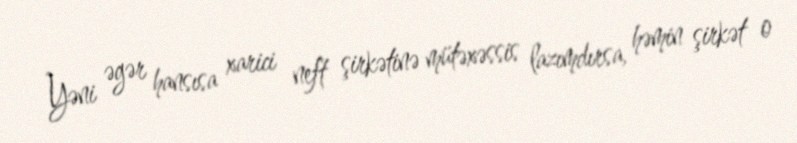
Yəni əgər hansısa xarici neft şirkətinə mütəxəssis lazımdırsa, həmin şirkət o